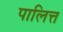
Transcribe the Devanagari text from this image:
पालित्त